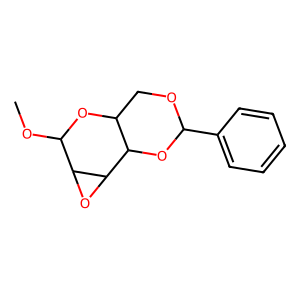
SMILES: COC1OC2COC(c3ccccc3)OC2C2OC12
Inhibits HIV replication: No